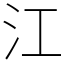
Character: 江